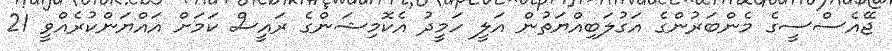
ޖޭއެސްސީގެ މެންބަރުންގެ އަގުލަބިއްޔަތުން އަލީ ހަމީދު އެކޮމިޝަންގެ ރައީސް ކަމަށް އައްޔަންކުރެއްވީ 21